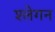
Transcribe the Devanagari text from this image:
श्लेगन